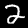
Digit: 2